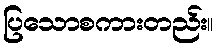
ပြသောစကားတည်း။